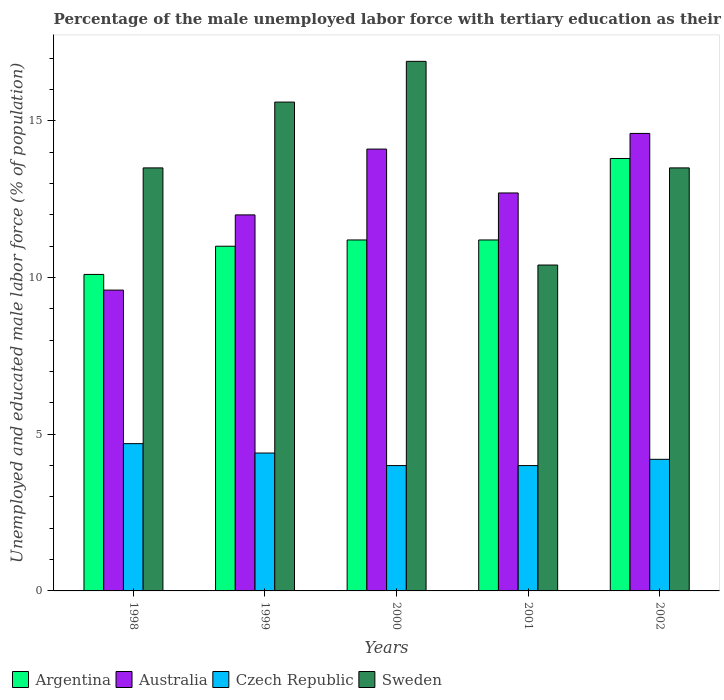
| Years | Argentina | Australia | Czech Republic | Sweden |
 | --- | --- | --- | --- | --- |
 | 1998 | 10.1 | 9.6 | 4.7 | 13.5 |
 | 1999 | 11 | 12 | 4.4 | 15.6 |
 | 2000 | 11.2 | 14.1 | 4 | 16.9 |
 | 2001 | 11.2 | 12.7 | 4 | 10.4 |
 | 2002 | 13.8 | 14.6 | 4.2 | 13.5 |